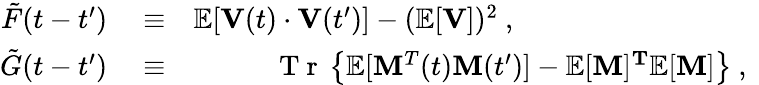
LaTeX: \begin{array}{rlr}{\tilde{F}(t-t^{\prime})}&{{}\equiv}&{\mathbb{E}[{\mathbf{V}}(t)\cdot{\mathbf{V}}(t^{\prime})]-(\mathbb{E}[{\mathbf{V}}])^{2}\ ,\ {\mathrm{~~~~~~~~~~~~~~~~~~~~~~~~~~~~~~~~~}}}\\ {\tilde{G}(t-t^{\prime})}&{{}\equiv}&{{\mathrm{~T~r~}}\left\{ \mathbb{E}[{\mathbf{M}^{T}}(t){\mathbf{M}}(t^{\prime})]-\mathbb{E}[{\mathbf{M}}]{\mathbf{^T}}\mathbb{E}[{\mathbf{M}}]\right\} \ ,\ }\end{array}